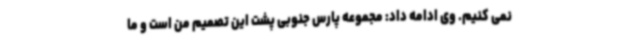
نمی کنیم. وی ادامه داد: مجموعه پارس جنوبی پشت این تصمیم من است و ما